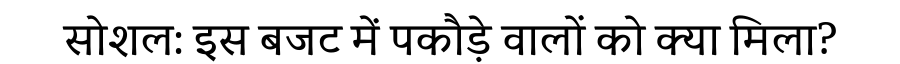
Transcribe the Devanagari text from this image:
सोशल: इस बजट में पकौड़े वालों को क्या मिला?